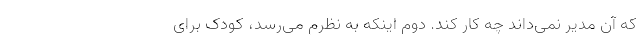
که آن مدیر نمی‌داند چه کار کند. دوم اینکه به نظرم می‌رسد، کودک برای